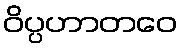
ဝိပ္ပဟာတဝေ